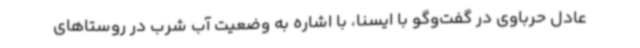
عادل حرباوی در گفت‌وگو با ایسنا، با اشاره به وضعیت آب شرب در روستاهای